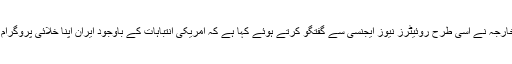
ایران کے وزیر خارجہ نے اسی طرح روئیٹرز نیوز ایجنسی سے گفتگو کرتے ہوئے کہا ہے کہ امریکی انتباہات کے باوجود ایران اپنا خلائی پروگرام جاری رکھے گا۔